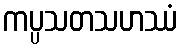
ကပ္ပသတသဟဿံ